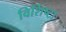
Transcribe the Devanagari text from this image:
विशिष्टा